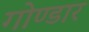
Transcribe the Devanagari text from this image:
गोण्डार